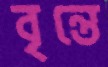
বৃন্তে